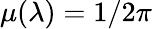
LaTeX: \mu(\lambda)=1/2\pi